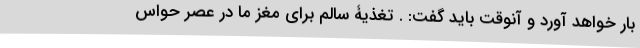
بار خواهد آورد و آنوقت باید گفت: . تغذیۀ سالم برای مغز ما در عصر حواس